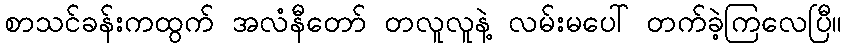
စာသင်ခန်းကထွက် အလံနီတော် တလူလူနဲ့ လမ်းမပေါ် တက်ခဲ့ကြလေပြီ။